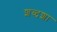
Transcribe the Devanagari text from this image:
शब्दशा